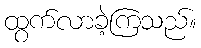
ထွက်လာခဲ့ကြသည်။